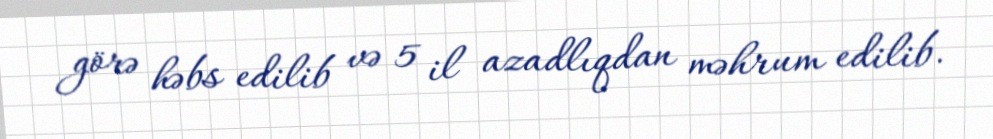
görə həbs edilib və 5 il azadlıqdan məhrum edilib.